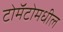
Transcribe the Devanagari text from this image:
टोमॅटोमधील